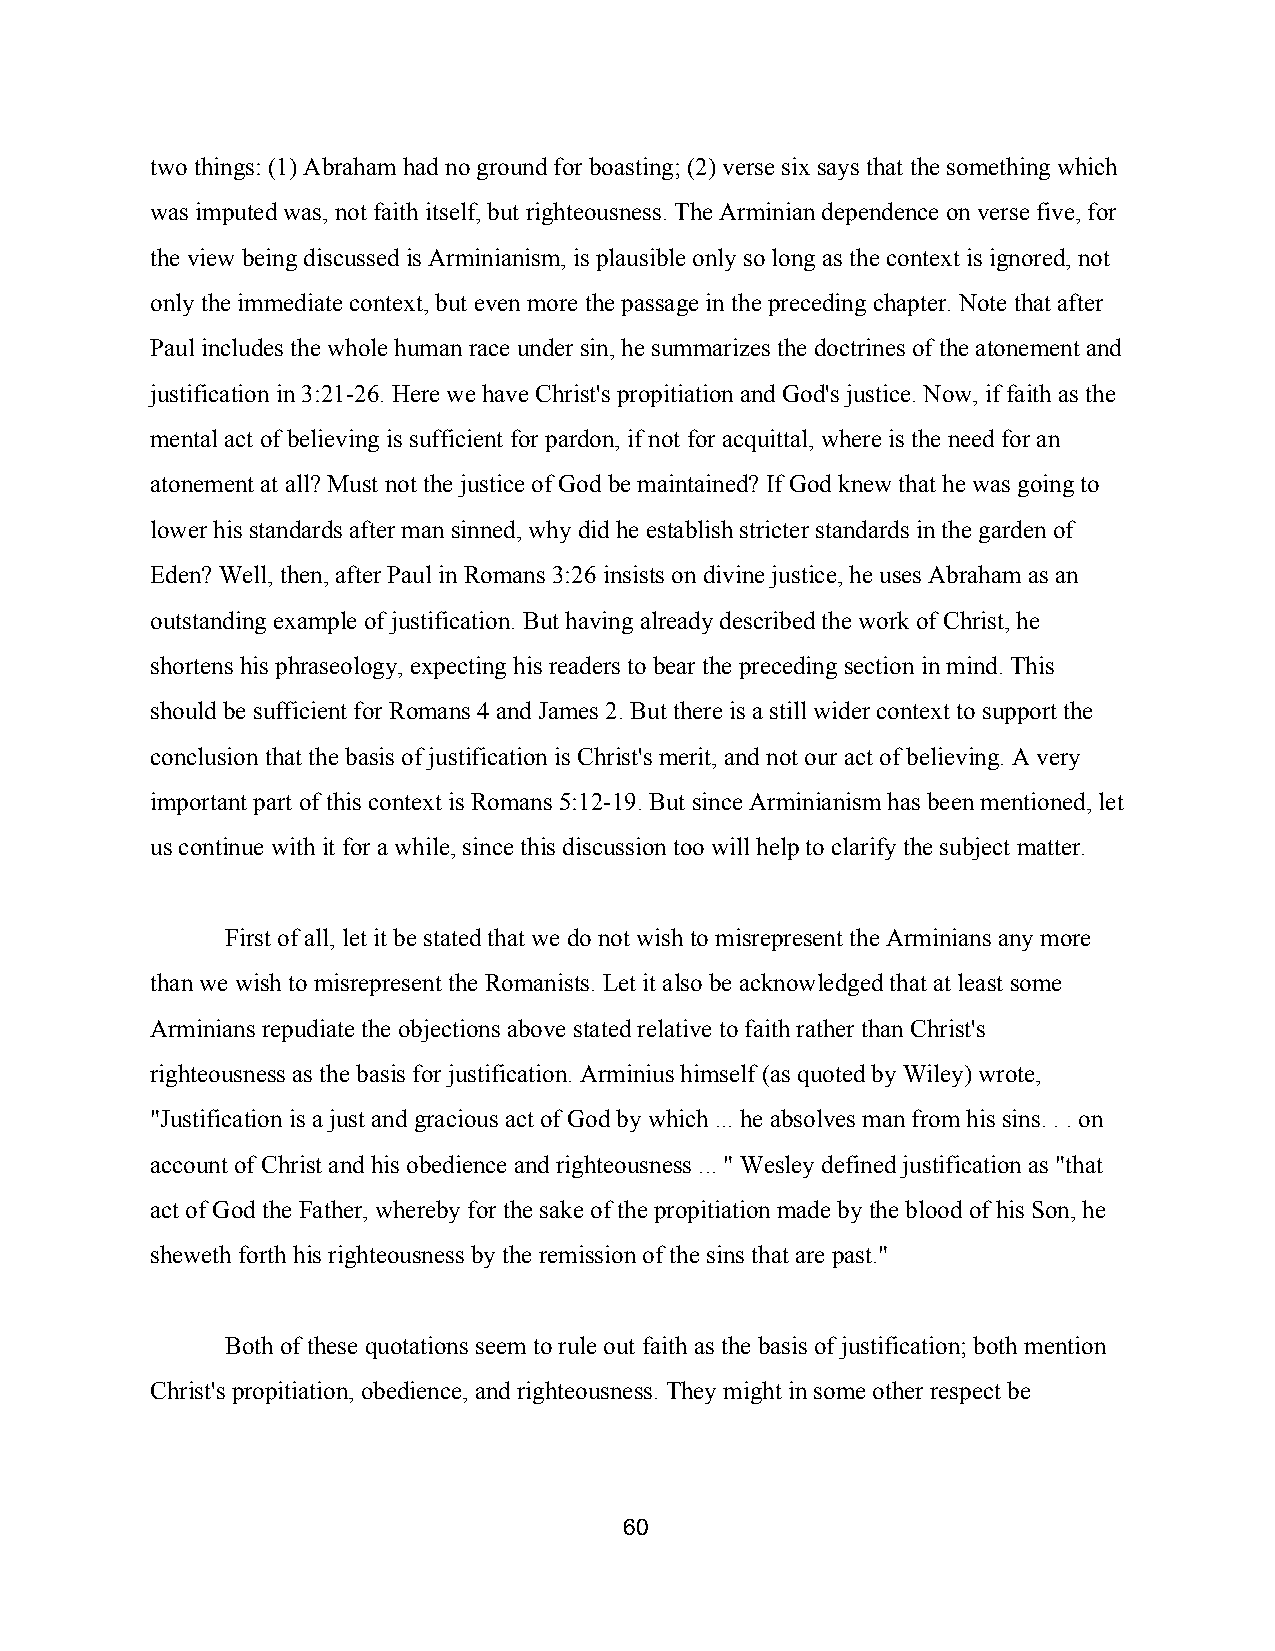
two things: (1) Abraham had no ground for boasting; (2) verse six says that the something which
 was imputed was, not faith itself, but righteousness. The Arminian dependence on verse five, for
 the view being discussed is Arminianism, is plausible only so long as the context is ignored, not
 only the immediate context, but even more the passage in the preceding chapter. Note that after
 Paul includes the whole human race under sin, he summarizes the doctrines of the atonement and
 justification in 3:21­26. Here we have Christ's propitiation and God's justice. Now, if faith as the
 mental act of believing is sufficient for pardon, if not for acquittal, where is the need for an
 atonement at all? Must not the justice of God be maintained? If God knew that he was going to
 lower his standards after man sinned, why did he establish stricter standards in the garden of
 Eden? Well, then, after Paul in Romans 3:26 insists on divine justice, he uses Abraham as an
 outstanding example of justification. But having already described the work of Christ, he
 shortens his phraseology, expecting his readers to bear the preceding section in mind. This
 should be sufficient for Romans 4 and James 2. But there is a still wider context to support the
 conclusion that the basis of justification is Christ's merit, and not our act of believing. A very
 important part of this context is Romans 5:12­19. But since Arminianism has been mentioned, let
 us continue with it for a while, since this discussion too will help to clarify the subject matter.
 First of all, let it be stated that we do not wish to misrepresent the Arminians any more
 than we wish to misrepresent the Romanists. Let it also be acknowledged that at least some
 Arminians repudiate the objections above stated relative to faith rather than Christ's
 righteousness as the basis for justification. Arminius himself (as quoted by Wiley) wrote,
 "Justification is a just and gracious act of God by which ... he absolves man from his sins. . . on
 account of Christ and his obedience and righteousness ... " Wesley defined justification as "that
 act of God the Father, whereby for the sake of the propitiation made by the blood of his Son, he
 sheweth forth his righteousness by the remission of the sins that are past."
 Both of these quotations seem to rule out faith as the basis of justification; both mention
 Christ's propitiation, obedience, and righteousness. They might in some other respect be
 60